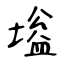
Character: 塧